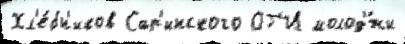
Хл'е́бн'иков Сар'инского ОГ'И молод'́жи